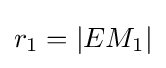
r_{1}=|EM_{1}|